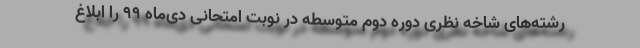
رشته‌های شاخه نظری دوره دوم متوسطه در نوبت امتحانی دی‌ماه ۹۹ را ابلاغ